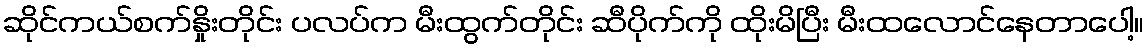
ဆိုင်ကယ်စက်နှိုးတိုင်း ပလပ်က မီးထွက်တိုင်း ဆီပိုက်ကို ထိုးမိပြီး မီးထလောင်နေတာပေါ့။